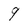
Character: 9